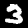
Digit: 3